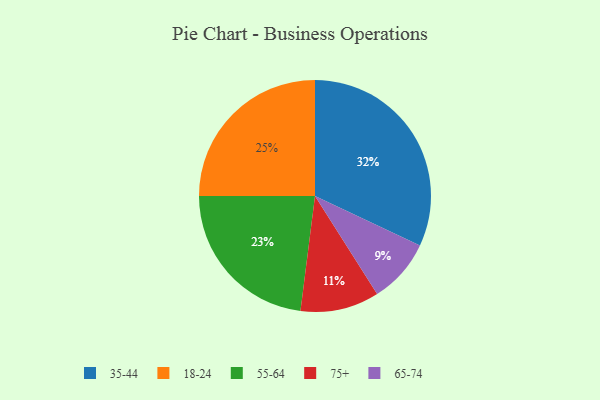
{"axis": {"x": "Category", "y": "Percentage"}, "legend": ["18-24", "35-44", "55-64", "65-74", "75+"], "data": [{"x": "75+", "y": 11, "type": "75+"}, {"x": "55-64", "y": 23, "type": "55-64"}, {"x": "65-74", "y": 9, "type": "65-74"}, {"x": "35-44", "y": 32, "type": "35-44"}, {"x": "18-24", "y": 25, "type": "18-24"}]}